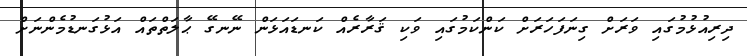
ދިރިއުޅުމުގައި ވަރަށް ގިނަފަހަރަށް ކަންކަމުގައި ވަކި ޤަރާރެއް ކަނޑައަޅަން ނޭނގޭ ޙާލަތްތައް އަޅުގަނޑުމެންނަށް